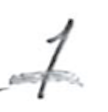
Text: 1
Cross-out: single-line
Writing tool: pencil